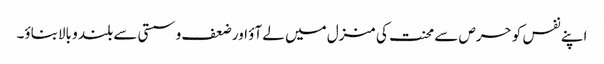
اپنے نفس کو حرص سے محنت کی منزل میں لے آؤ اور ضعف و سستی سے بلند و بالابناؤ۔